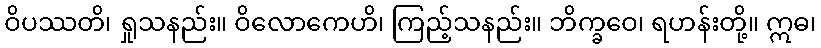
ဝိပဿတိ၊ ရှုသနည်း။ ဝိလောကေဟိ၊ ကြည့်သနည်း။ ဘိက္ခဝေ၊ ရဟန်းတို့။ ဣဓ၊